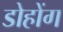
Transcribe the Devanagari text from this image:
डोहोंग